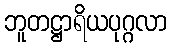
ဘူတဋ္ဌာရိယပုဂ္ဂလာ